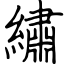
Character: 繡